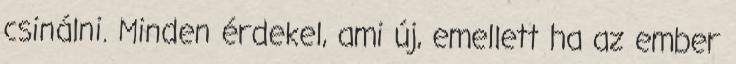
csinálni. Minden érdekel, ami új, emellett ha az ember